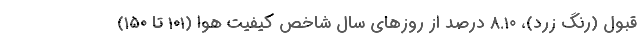
قبول (رنگ زرد)، ۸.۱۰ درصد از روزهای سال شاخص کیفیت هوا (۱۰۱ تا ۱۵۰)